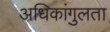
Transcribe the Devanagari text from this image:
अधिकांगुलता